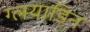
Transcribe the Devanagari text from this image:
ग्लयाडिन